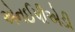
એનઈપીએડી